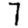
Digit: 7